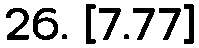
26. [7.77]